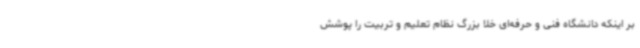
بر اینکه دانشگاه فنی و حرفه‌ای خلا بزرگ نظام تعلیم و تربیت را پوشش